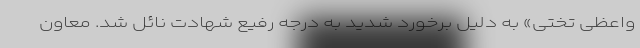
واعظی تختی» به دلیل برخورد شدید به درجه رفیع شهادت نائل شد. معاون